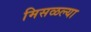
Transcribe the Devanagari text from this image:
मिसळल्या